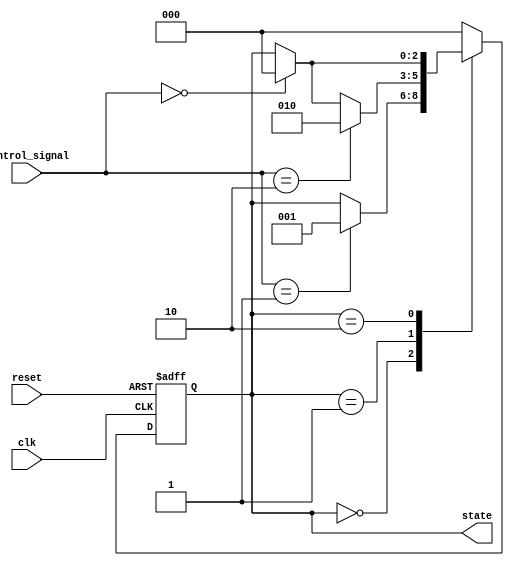
module PreConfiguredStateInitialization #(
    parameter STATE_WIDTH = 3,         // Width of the state representation
    parameter STATE_0 = 3'b000,        // Initial state
    parameter STATE_1 = 3'b001,        // Example state 1
    parameter STATE_2 = 3'b010         // Example state 2
) (
    input wire clk,                    // Clock signal
    input wire reset,                  // Reset signal (active high)
    input wire [STATE_WIDTH-1:0] control_signal, // Control signals for state transitions
    output reg [STATE_WIDTH-1:0] state // Current state output
);

    // State encoding
    localparam S0 = STATE_0;
    localparam S1 = STATE_1;
    localparam S2 = STATE_2;

    // State transition logic
    always @(posedge clk or posedge reset) begin
        if (reset) begin
            // Initialize state to STATE_0 on reset
            state <= S0;
        end else begin
            // State transition logic based on control signals
            case (state)
                S0: begin
                    if (control_signal == 3'b001) begin
                        state <= S1; // Transition to state 1
                    end
                end
                S1: begin
                    if (control_signal == 3'b010) begin
                        state <= S2; // Transition to state 2
                    end else if (control_signal == 3'b000) begin
                        state <= S0; // Transition back to state 0
                    end
                end
                S2: begin
                    if (control_signal == 3'b000) begin
                        state <= S0; // Transition back to state 0
                    end
                end
                default: begin
                    state <= S0; // Default state
                end
            endcase
        end
    end

endmodule